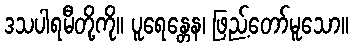
ဒသပါရမီတို့ကို။ ပူရေန္တေန၊ ဖြည့်တော်မူသော။